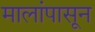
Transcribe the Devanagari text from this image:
मालांपासून